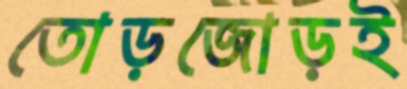
তোড়জোড়ই